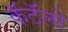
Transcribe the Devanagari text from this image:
कॅटॅलो